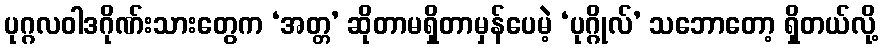
ပုဂ္ဂလဝါဒဂိုဏ်းသားတွေက ‘အတ္တ’ ဆိုတာမရှိတာမှန်ပေမဲ့ ‘ပုဂ္ဂိုလ်’ သဘောတော့ ရှိတယ်လို့